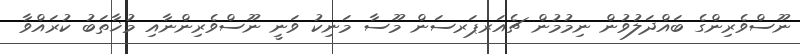
ނޫސްވެރިންގެ ބައްދަލުވުން ނިމުމުން ޗެއަރޕަރސަން މޫސާ މަނިކު ވަނީ ނޫސްވެރިންނާއި މުޚާތަބު ކުރައްވާ